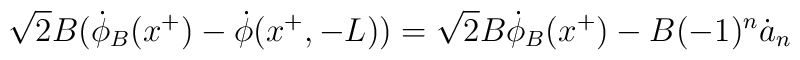
\sqrt{2}B(\dot \phi_B(x^+)-\dot \phi(x^+,-L))= \sqrt{2}B\dot \phi_B(x^+) - B (-1)^n \dot a_n